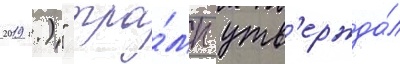
2019 г.)" тра́мп утв'ержда́л